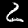
Digit: 2